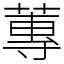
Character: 蓴